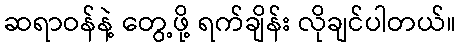
ဆရာဝန်နဲ့ တွေ့ဖို့ ရက်ချိန်း လိုချင်ပါတယ်။